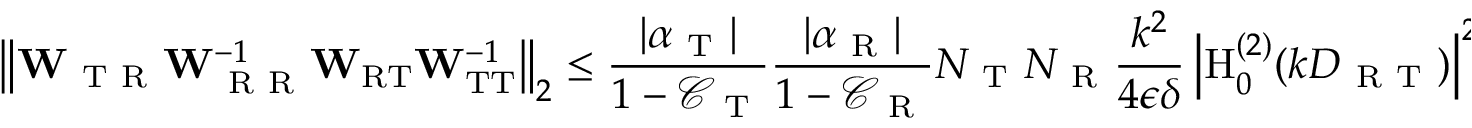
\left\Vert \mathbf { W } _ { \mathrm { ~ T ~ R ~ } } \mathbf { W } _ { \mathrm { ~ R ~ R ~ } } ^ { - 1 } \mathbf { W } _ { \mathrm { R T } } \mathbf { W } _ { \mathrm { T T } } ^ { - 1 } \right\Vert _ { 2 } \leq \frac { | \alpha _ { \mathrm { ~ T ~ } } | } { 1 - \mathcal { C } _ { \mathrm { ~ T ~ } } } \frac { | \alpha _ { \mathrm { ~ R ~ } } | } { 1 - \mathcal { C } _ { \mathrm { ~ R ~ } } } N _ { \mathrm { ~ T ~ } } N _ { \mathrm { ~ R ~ } } \frac { k ^ { 2 } } { 4 \epsilon \delta } \left| \mathrm { H } _ { 0 } ^ { ( 2 ) } ( k D _ { \mathrm { ~ R ~ T ~ } } ) \right| ^ { 2 } ,